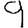
Digit: 9